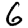
Digit: 6